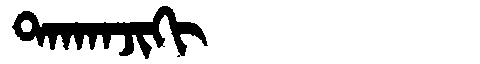
Manchu: ᡨᠠᡴᠠᠨᠵᡳᡴᡳ
Romanization: TAKANJIKI